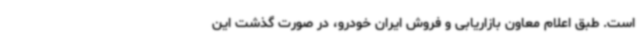
است. طبق اعلام معاون بازاریابی و فروش ایران خودرو، در صورت گذشت این